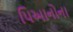
પિઆનોના